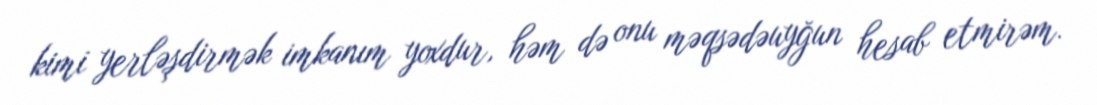
kimi yerləşdirmək imkanım yoxdur, həm də onu məqsədəuyğun hesab etmirəm.